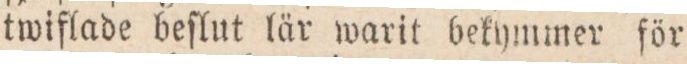
twiſlade beſlut lär warit bekymmer för